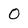
Character: O